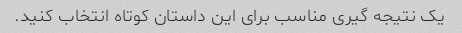
یک نتیجه گیری مناسب برای این داستان کوتاه انتخاب کنید.